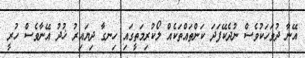
އޭނާ ދުވަހަކުވެސް ނުދެކޭފަދަ ކަންތައްތަކެއް ލޯކުރިމަތީގައި ހިނގާ ދިޔައިރު ޚުދު އޭނާވެސް ހުރީ